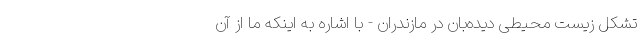
تشکل زیست محیطی دیده‌بان در مازندران - با اشاره به اینکه ما از آن